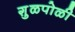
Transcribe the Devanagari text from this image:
गु़ळपोळी